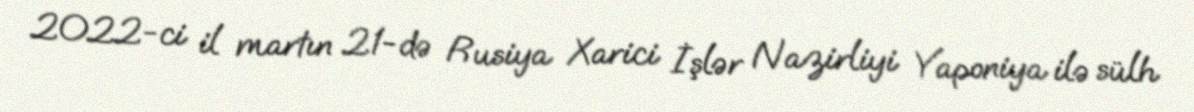
2022-ci il martın 21-də Rusiya Xarici İşlər Nazirliyi Yaponiya ilə sülh